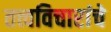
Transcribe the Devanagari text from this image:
तत्त्वविचारांचे